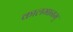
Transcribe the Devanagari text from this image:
कालमानम्